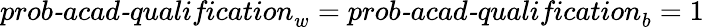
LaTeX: \textit{prob-acad-qualification}_{w}=\textit{prob-acad-qualification}_{b}=1